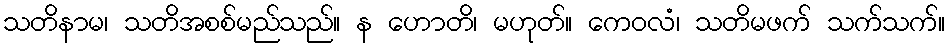
သတိနာမ၊ သတိအစစ်မည်သည်။ န ဟောတိ၊ မဟုတ်။ ကေဝလံ၊ သတိမဖက် သက်သက်။